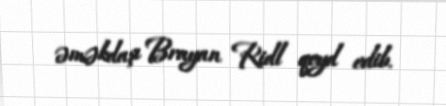
əməkdaşı Brayan Ridl qeyd edib.